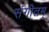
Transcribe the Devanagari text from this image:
संगीतम्‌